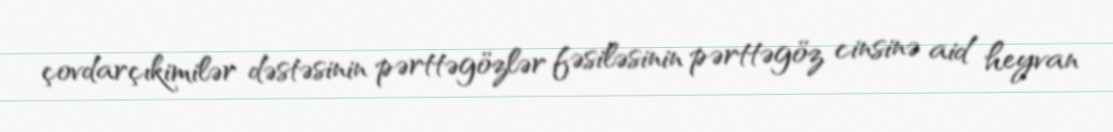
çovdarçıkimilər dəstəsinin pərttəgözlər fəsiləsinin pərttəgöz cinsinə aid heyvan